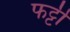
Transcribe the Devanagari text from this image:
फट्टी